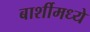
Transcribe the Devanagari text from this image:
बार्शीमध्ये